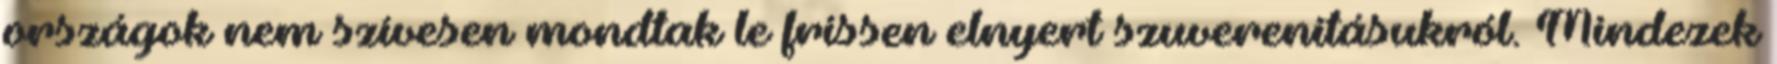
országok nem szívesen mondtak le frissen elnyert szuverenitásukról. Mindezek